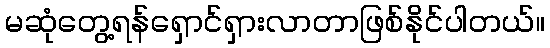
မဆုံတွေ့ရန်ရှောင်ရှားလာတာဖြစ်နိုင်ပါတယ်။